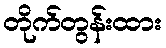
တိုက်တွန်းထား